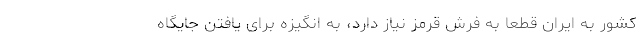
کشور به ایران قطعا به فرش قرمز نیاز دارد، به انگیزه برای یافتن جایگاه